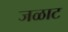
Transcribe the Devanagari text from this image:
जळाट